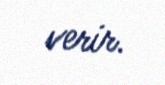
verir.